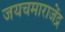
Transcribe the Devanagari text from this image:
जयचमाराजेंद्र